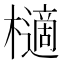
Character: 㰅